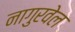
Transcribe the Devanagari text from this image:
नागुरवेल